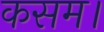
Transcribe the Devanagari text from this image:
कसम।